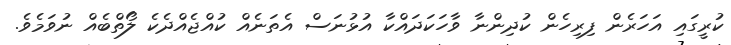
ކުރީގައި އަހަރެން ފިރިހެން ކުދިންނާ ވާހަކަދައްކާ އުޅުނަސް އެތަނެއް ކުއްޖެއްދެކެ ލޯތްބެއް ނުވަމެވެ.